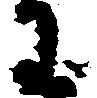
わ